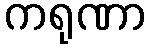
ကရုဏာ